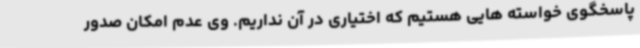
پاسخگوی خواسته هایی هستیم که اختیاری در آن نداریم. وی عدم امکان صدور